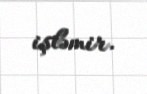
işləmir.